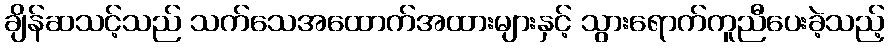
ချိန်ဆသင့်သည် သက်သေအထောက်အထားများနှင့် သွားရောက်ကူညီပေးခဲ့သည့်